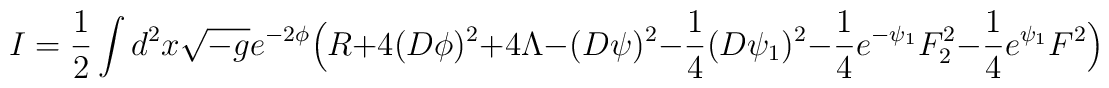
I = \frac{1}{2} \int d^2 x \sqrt{- g } e^{- 2 \phi } \Big(R + 4 ( D \phi )^2 + 4 \Lambda - (D \psi )^2  - \frac{1}{4} (D \psi_1 )^2 - \frac{1}{4} e^{-\psi_1} F_2^2 - \frac{1}{4} e^{\psi_1} F^2 \Big)